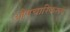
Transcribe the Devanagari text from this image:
औपचारिकरूप